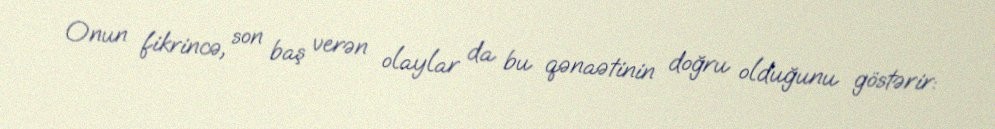
Onun fikrincə, son baş verən olaylar da bu qənaətinin doğru olduğunu göstərir: